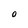
Character: O